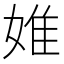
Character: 婎